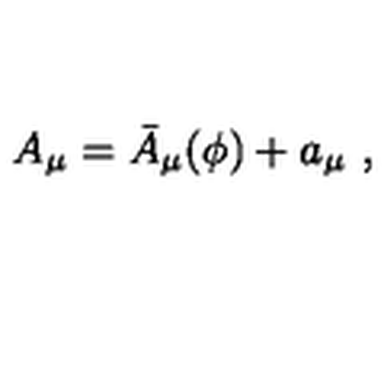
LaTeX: A _ { \mu } = \bar { A } _ { \mu } ( \phi ) + a _ { \mu } \ ,